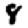
Digit: 8